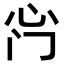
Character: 𫹰